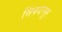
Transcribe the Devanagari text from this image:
सिंकदरपुर